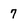
Character: 7